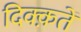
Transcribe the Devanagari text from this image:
दिक्क़तें